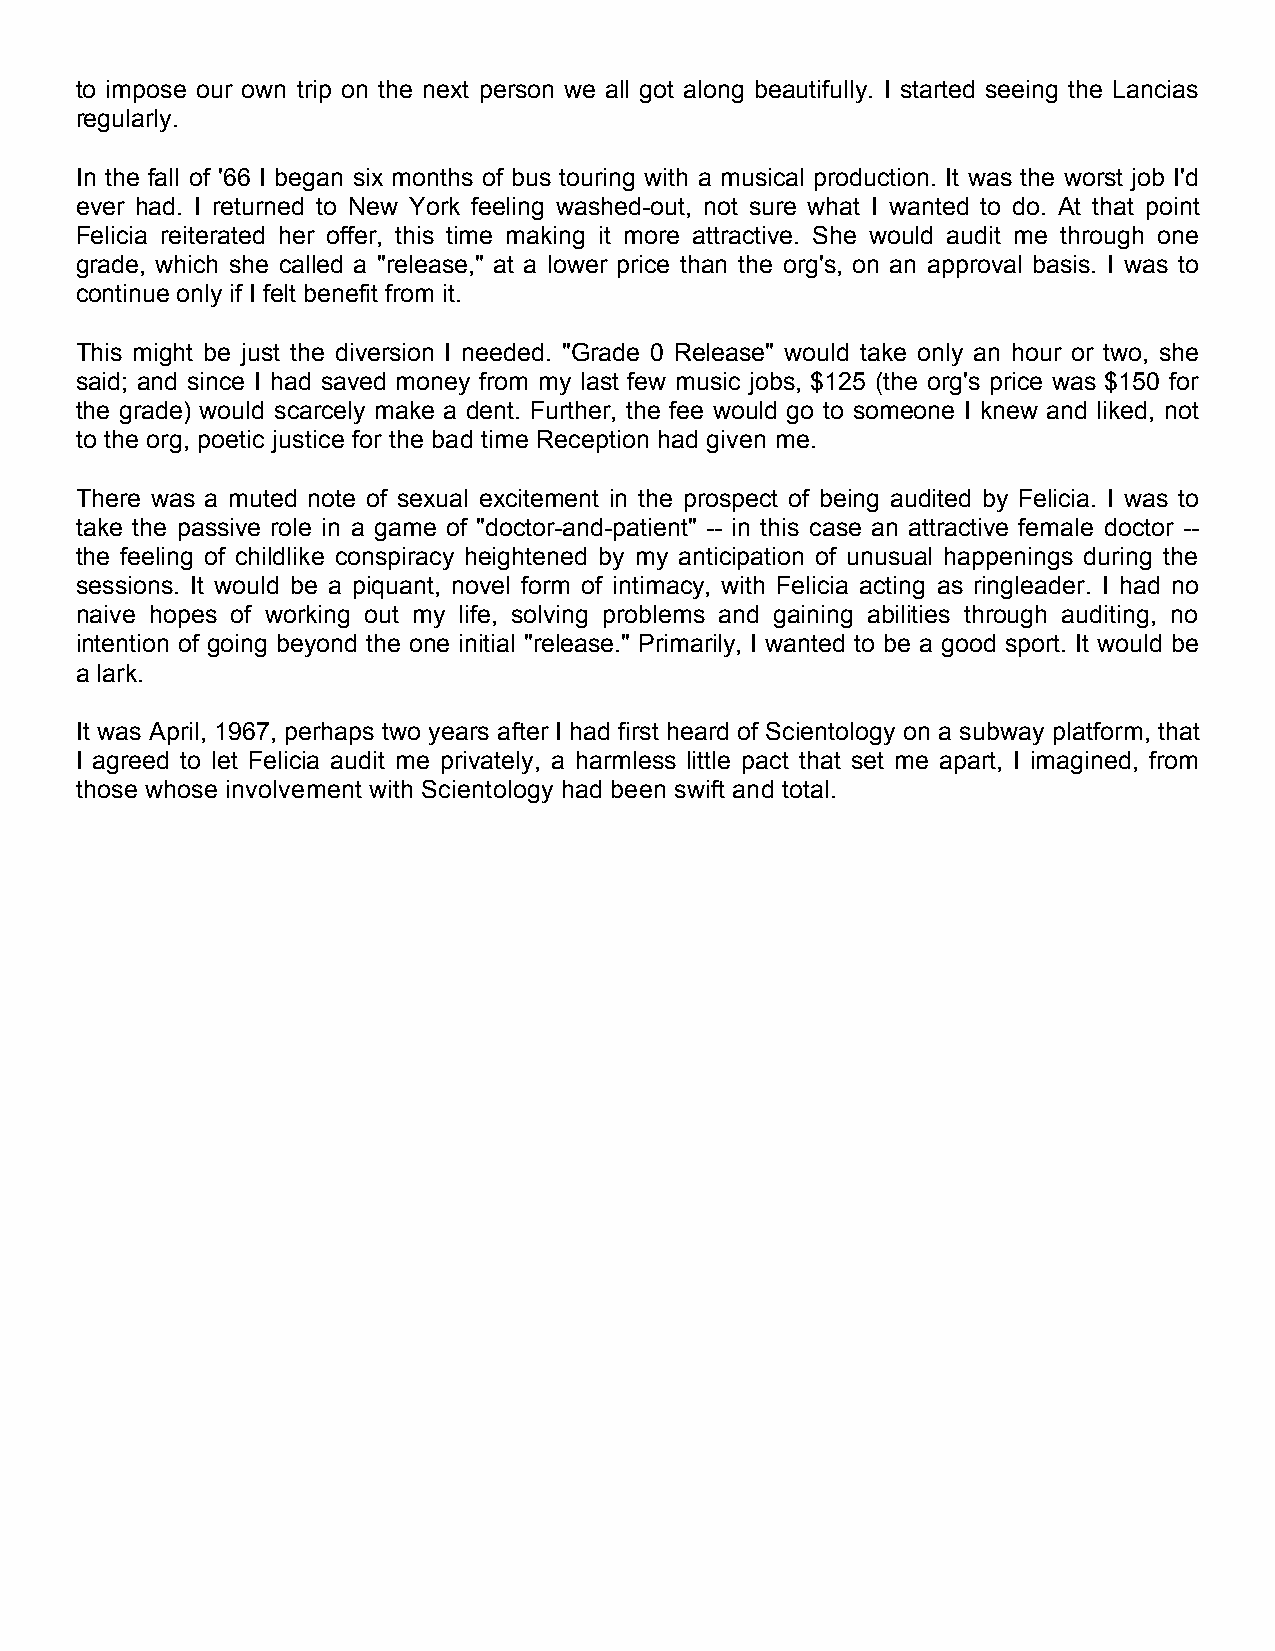
to impose our own trip on the next person we all got along beautifully. I started seeing the Lancias
 regularly.
 In the fall of '66 I began six months of bus touring with a musical production. It was the worst job I'd
 ever had. I returned to New York feeling washed-out, not sure what I wanted to do. At that point
 Felicia reiterated her offer, this time making it more attractive. She would audit me through one
 grade, which she called a "release," at a lower price than the org's, on an approval basis. I was to
 continue only if I felt benefit from it.
 This might be just the diversion I needed. "Grade 0 Release" would take only an hour or two, she
 said; and since I had saved money from my last few music jobs, $125 (the org's price was $150 for
 the grade) would scarcely make a dent. Further, the fee would go to someone I knew and liked, not
 to the org, poetic justice for the bad time Reception had given me.
 There was a muted note of sexual excitement in the prospect of being audited by Felicia. I was to
 take the passive role in a game of "doctor-and-patient" -- in this case an attractive female doctor --
 the feeling of childlike conspiracy heightened by my anticipation of unusual happenings during the
 sessions. It would be a piquant, novel form of intimacy, with Felicia acting as ringleader. I had no
 naive hopes of working out my life, solving problems and gaining abilities through auditing, no
 intention of going beyond the one initial "release." Primarily, I wanted to be a good sport. It would be
 a lark.
 It was April, 1967, perhaps two years after I had first heard of Scientology on a subway platform, that
 I agreed to let Felicia audit me privately, a harmless little pact that set me apart, I imagined, from
 those whose involvement with Scientology had been swift and total.